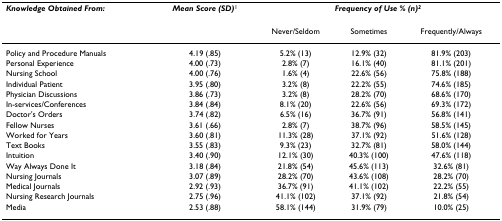
<table><thead><tr><td><b><i>Knowledge Obtained From:</i></b></td><td><b><i>Mean Score (SD)</i><sup>1</sup></b></td><td colspan="3"><b><i>Frequency of Use % (n)<sup>2</sup></i></b></td></tr><tr><td></td><td></td><td><b>Never/Seldom</b></td><td><b>Sometimes</b></td><td><b>Frequently/Always</b></td></tr></thead><tbody><tr><td>Policy and Procedure Manuals</td><td>4.19 (.85)</td><td>5.2% (13)</td><td>12.9% (32)</td><td>81.9% (203)</td></tr><tr><td>Personal Experience</td><td>4.00 (.73)</td><td>2.8% (7)</td><td>16.1% (40)</td><td>81.1% (201)</td></tr><tr><td>Nursing School</td><td>4.00 (.76)</td><td>1.6% (4)</td><td>22.6% (56)</td><td>75.8% (188)</td></tr><tr><td>Individual Patient</td><td>3.95 (.80)</td><td>3.2% (8)</td><td>22.2% (55)</td><td>74.6% (185)</td></tr><tr><td>Physician Discussions</td><td>3.86 (.73)</td><td>3.2% (8)</td><td>28.2% (70)</td><td>68.6% (170)</td></tr><tr><td>In-services/Conferences</td><td>3.84 (.84)</td><td>8.1% (20)</td><td>22.6% (56)</td><td>69.3% (172)</td></tr><tr><td>Doctor&#x27;s Orders</td><td>3.74 (.82)</td><td>6.5% (16)</td><td>36.7% (91)</td><td>56.8% (141)</td></tr><tr><td>Fellow Nurses</td><td>3.61 (.66)</td><td>2.8% (7)</td><td>38.7% (96)</td><td>58.5% (145)</td></tr><tr><td>Worked for Years</td><td>3.60 (.81)</td><td>11.3% (28)</td><td>37.1% (92)</td><td>51.6% (128)</td></tr><tr><td>Text Books</td><td>3.55 (.83)</td><td>9.3% (23)</td><td>32.7% (81)</td><td>58.0% (144)</td></tr><tr><td>Intuition</td><td>3.40 (.90)</td><td>12.1% (30)</td><td>40.3% (100)</td><td>47.6% (118)</td></tr><tr><td>Way Always Done It</td><td>3.18 (.84)</td><td>21.8% (54)</td><td>45.6% (113)</td><td>32.6% (81)</td></tr><tr><td>Nursing Journals</td><td>3.07 (.89)</td><td>28.2% (70)</td><td>43.6% (108)</td><td>28.2% (70)</td></tr><tr><td>Medical Journals</td><td>2.92 (.93)</td><td>36.7% (91)</td><td>41.1% (102)</td><td>22.2% (55)</td></tr><tr><td>Nursing Research Journals</td><td>2.75 (.96)</td><td>41.1% (102)</td><td>37.1% (92)</td><td>21.8% (54)</td></tr><tr><td>Media</td><td>2.53 (.88)</td><td>58.1% (144)</td><td>31.9% (79)</td><td>10.0% (25)</td></tr></tbody></table>